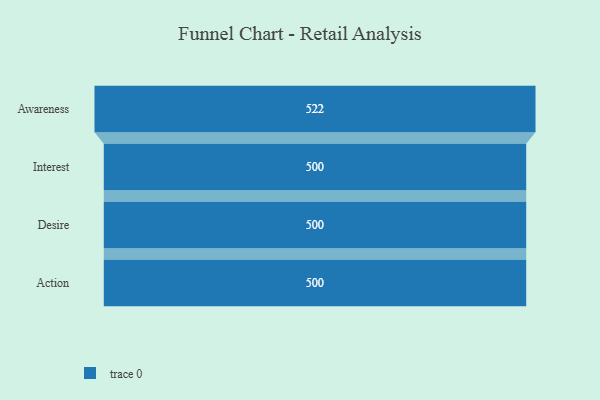
{"axis": {"x": "Stage", "y": "Value"}, "legend": [""], "data": [{"x": "Awareness", "y": 522.0, "type": ""}, {"x": "Interest", "y": 500, "type": ""}, {"x": "Desire", "y": 500, "type": ""}, {"x": "Action", "y": 500, "type": ""}]}